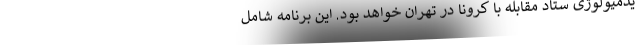
یدمیولوژی ستاد مقابله با کرونا در تهران خواهد بود. این برنامه شامل